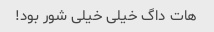
هات داگ خیلی خیلی شور بود!